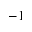
^ { - 1 }